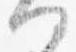
何